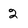
Character: 2